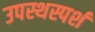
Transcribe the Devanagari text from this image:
उपस्थस्पर्श